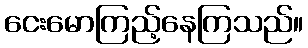
ငေးမောကြည့်နေကြသည်။